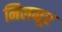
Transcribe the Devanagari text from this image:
मिलमूर